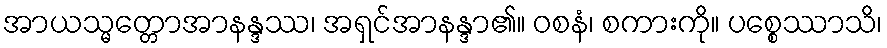
အာယသ္မတ္တောအာနန္ဒဿ၊ အရှင်အာနန္ဒာ၏။ ဝစနံ၊ စကားကို။ ပစ္စေဿာသိ၊